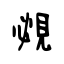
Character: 覕